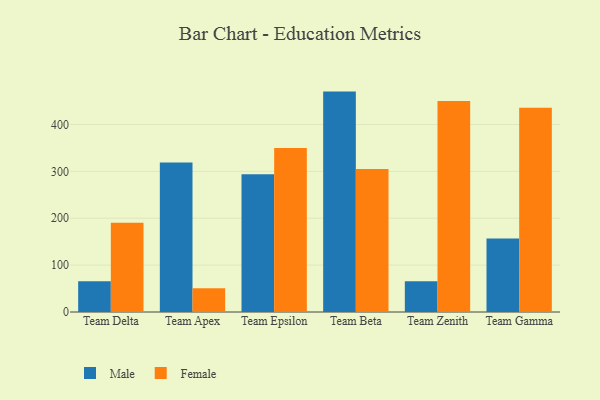
{"axis": {"x": "Team", "y": "Latency (ms)"}, "legend": ["Female", "Male"], "data": [{"x": "Team Delta", "y": 65.4, "type": "Male"}, {"x": "Team Delta", "y": 190.3, "type": "Female"}, {"x": "Team Apex", "y": 318.7, "type": "Male"}, {"x": "Team Apex", "y": 50.7, "type": "Female"}, {"x": "Team Epsilon", "y": 293.6, "type": "Male"}, {"x": "Team Epsilon", "y": 349.8, "type": "Female"}, {"x": "Team Beta", "y": 470.1, "type": "Male"}, {"x": "Team Beta", "y": 305.0, "type": "Female"}, {"x": "Team Zenith", "y": 65.4, "type": "Male"}, {"x": "Team Zenith", "y": 449.8, "type": "Female"}, {"x": "Team Gamma", "y": 157.0, "type": "Male"}, {"x": "Team Gamma", "y": 435.9, "type": "Female"}]}